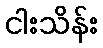
ငါးသိန်း